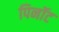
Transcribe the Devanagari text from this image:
पिनॉट